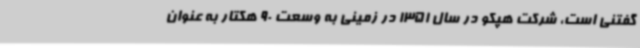
گفتنی است، شرکت هپکو در سال 1351 در زمینی به وسعت 90 هکتار به عنوان